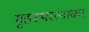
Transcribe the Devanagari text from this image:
गृहस्थरत्नाकर